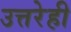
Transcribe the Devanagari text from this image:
उत्तरेही